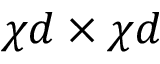
\chi d \times \chi d